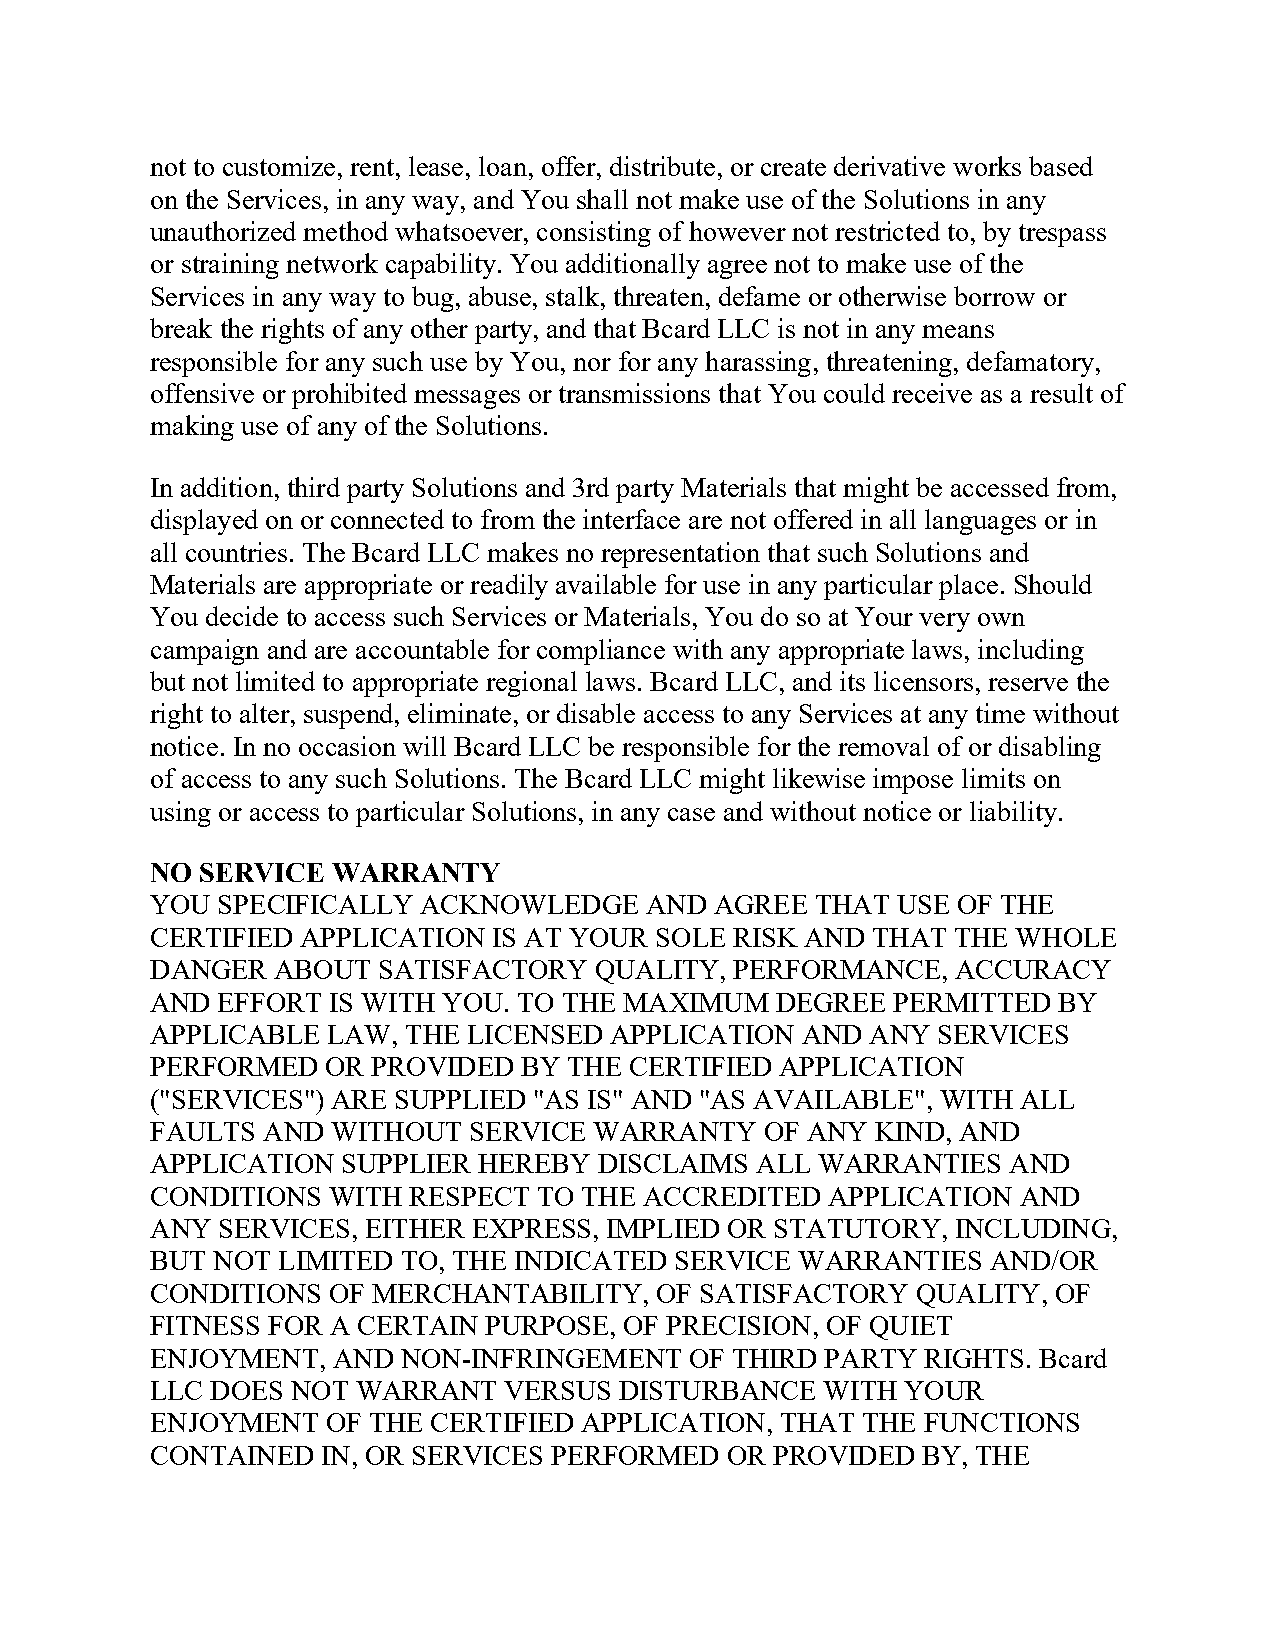
not to customize, rent, lease, loan, offer, distribute, or create derivative works based
 on the Services, in any way, and You shall not make use of the Solutions in any
 unauthorized method whatsoever, consisting of however not restricted to, by trespass
 or straining network capability. You additionally agree not to make use of the
 Services in any way to bug, abuse, stalk, threaten, defame or otherwise borrow or
 break the rights of any other party, and that Bcard LLC is not in any means
 responsible for any such use by You, nor for any harassing, threatening, defamatory,
 offensive or prohibited messages or transmissions that You could receive as a result of
 making use of any of the Solutions.
 In addition, third party Solutions and 3rd party Materials that might be accessed from,
 displayed on or connected to from the interface are not offered in all languages or in
 all countries. The Bcard LLC makes no representation that such Solutions and
 Materials are appropriate or readily available for use in any particular place. Should
 You decide to access such Services or Materials, You do so at Your very own
 campaign and are accountable for compliance with any appropriate laws, including
 but not limited to appropriate regional laws. Bcard LLC, and its licensors, reserve the
 right to alter, suspend, eliminate, or disable access to any Services at any time without
 notice. In no occasion will Bcard LLC be responsible for the removal of or disabling
 of access to any such Solutions. The Bcard LLC might likewise impose limits on
 using or access to particular Solutions, in any case and without notice or liability.
 NO SERVICE  WARRANTY
 YOU SPECIFICALLY  ACKNOWLEDGE    AND AGREE  THAT USE OF THE
 CERTIFIED APPLICATION  IS AT YOUR SOLE RISK AND THAT THE WHOLE
 DANGER  ABOUT  SATISFACTORY  QUALITY,  PERFORMANCE,  ACCURACY
 AND EFFORT  IS WITH YOU. TO THE MAXIMUM  DEGREE  PERMITTED  BY
 APPLICABLE  LAW, THE LICENSED APPLICATION  AND  ANY SERVICES
 PERFORMED   OR PROVIDED  BY THE CERTIFIED APPLICATION
 ("SERVICES") ARE SUPPLIED "AS IS" AND "AS AVAILABLE", WITH ALL
 FAULTS AND  WITHOUT  SERVICE WARRANTY    OF ANY KIND, AND
 APPLICATION  SUPPLIER HEREBY  DISCLAIMS ALL WARRANTIES   AND
 CONDITIONS  WITH RESPECT  TO THE ACCREDITED  APPLICATION  AND
 ANY SERVICES, EITHER EXPRESS, IMPLIED OR STATUTORY,  INCLUDING,
 BUT NOT LIMITED  TO, THE INDICATED SERVICE WARRANTIES   AND/OR
 CONDITIONS  OF MERCHANTABILITY,  OF SATISFACTORY   QUALITY, OF
 FITNESS FOR A CERTAIN PURPOSE, OF PRECISION, OF QUIET
 ENJOYMENT,  AND  NON-INFRINGEMENT   OF THIRD PARTY RIGHTS. Bcard
 LLC DOES NOT  WARRANT  VERSUS  DISTURBANCE   WITH YOUR
 ENJOYMENT   OF THE CERTIFIED APPLICATION, THAT THE FUNCTIONS
 CONTAINED  IN, OR SERVICES PERFORMED  OR PROVIDED  BY, THE